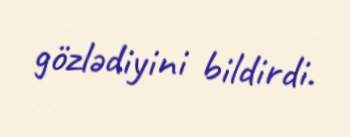
gözlədiyini bildirdi.